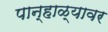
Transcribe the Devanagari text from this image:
पान्हाळ्यावर